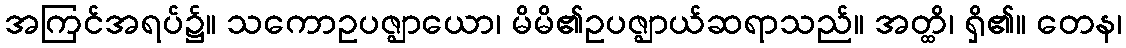
အကြင်အရပ်၌။ သကောဥပဇ္ဈာယော၊ မိမိ၏ဥပဇ္ဈာယ်ဆရာသည်။ အတ္ထိ၊ ရှိ၏။ တေန၊